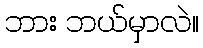
ဘား ဘယ်မှာလဲ။